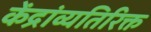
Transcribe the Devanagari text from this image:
केंद्रांव्यतिरिक्त